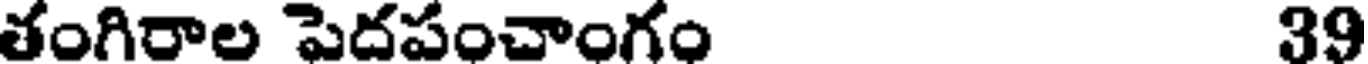
తంగిరాల పెదపంచాంగం 39